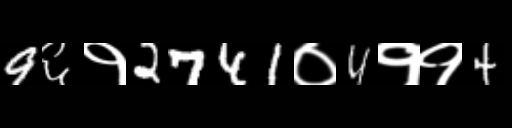
Text: 9६१2741०4११4